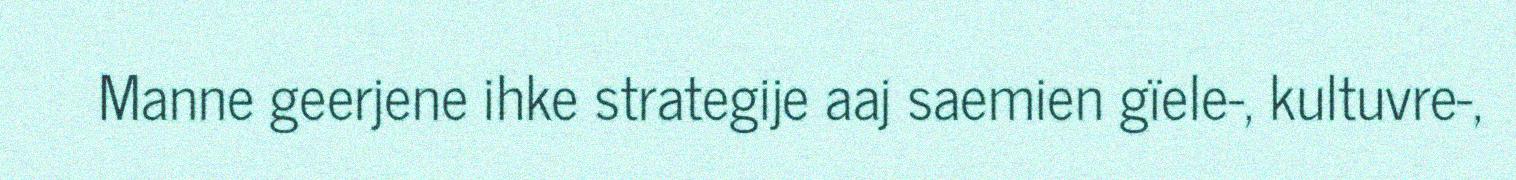
Manne geerjene ihke strategije aaj saemien gïele-, kultuvre-,